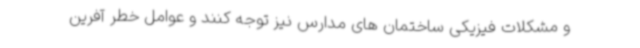
و مشکلات فیزیکی ساختمان های مدارس نیز توجه کنند و عوامل خطر آفرین